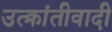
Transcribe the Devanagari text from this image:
उत्क्रांतीवादी